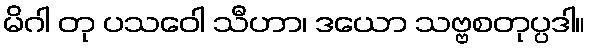
မိဂါ တု ပသဝေါ သီဟာ၊ ဒယော သဗ္ဗစတုပ္ပဒါ။